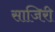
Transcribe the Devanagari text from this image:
साजिरी